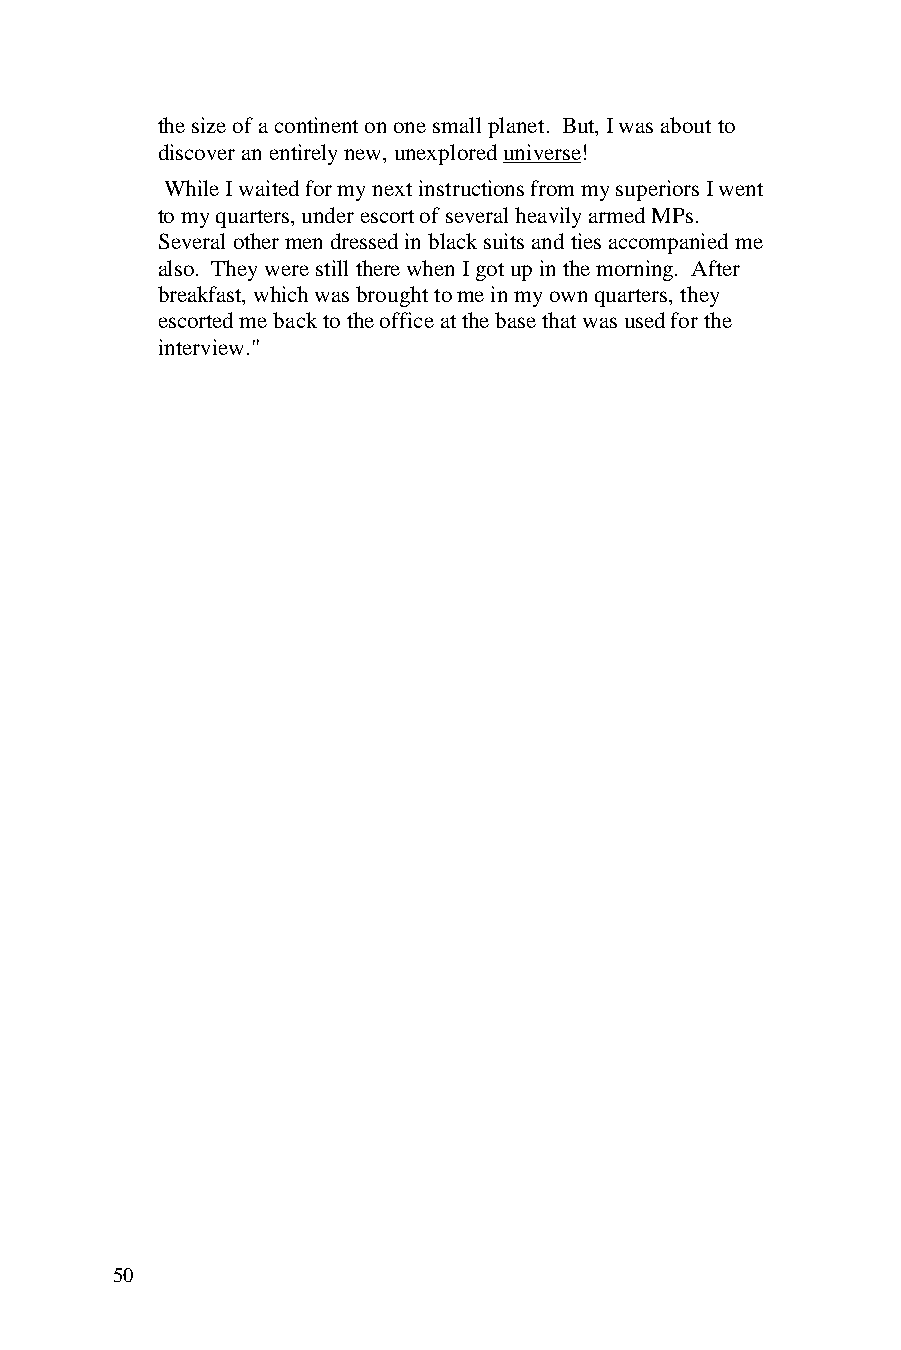
the size of a continent on one small planet. But, I was about to
 discover an entirely new, unexplored universe!
 While I waited for my next instructions from my superiors I went
 to my quarters, under escort of several heavily armed MPs.
 Several other men dressed in black suits and ties accompanied me
 also. They were still there when I got up in the morning. After
 breakfast, which was brought to me in my own quarters, they
 escorted me back to the office at the base that was used for the
 interview."
 50